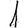
Digit: 1